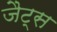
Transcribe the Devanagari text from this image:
जैट्स